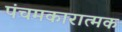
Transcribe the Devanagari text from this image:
पंचमकारात्मक